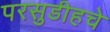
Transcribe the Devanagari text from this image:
परसुडीहचे